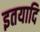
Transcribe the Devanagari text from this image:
इतयादि